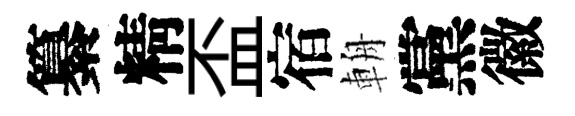
纂精盃宿輈黨徽